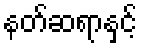
နတ်ဆရာနှင့်